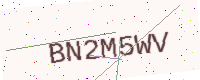
Text: BN2M5WV